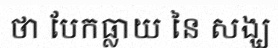
ថា បែកធ្លាយ នៃ សង្ឃ